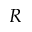
R